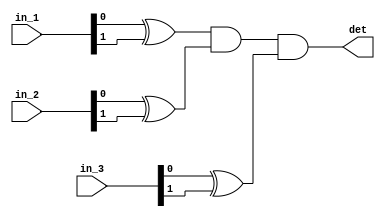
module det_3input(input [1:0] in_1, in_2, in_3,
						output det);
						
wire det1, det2, det3;

xor (det1, in_1[0],in_1[1]);
xor (det2, in_2[0],in_2[1]);
xor (det3, in_3[0],in_3[1]);
and (det,  det1, det2, det3);
						
						
endmodule